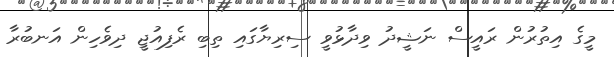
މީގެ އިތުރުން ރައީސް ނަޝީދު ވިދާޅުވީ ސިރިޔާގައި ތިބި ރެފިއުޖީ ދިވެހިން އަނބުރާ